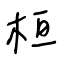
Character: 桓